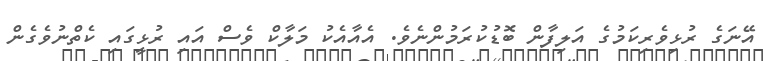
އޭނަގެ ރުޅިވެރިކަމުގެ އަލިފާން ބޮޑުކުރަމުންނެވެ. އެއާއެކު މަލާކް ވެސް އައި ރުޅީގައި ކެތްނުވެގެން